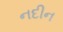
નદીન